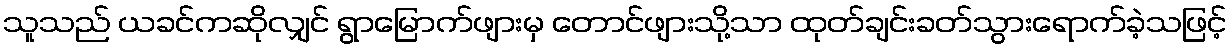
သူသည် ယခင်ကဆိုလျှင် ရွာမြောက်ဖျားမှ တောင်ဖျားသို့သာ ထုတ်ချင်းခတ်သွားရောက်ခဲ့သဖြင့်